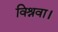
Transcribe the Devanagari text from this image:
विश्रवा।